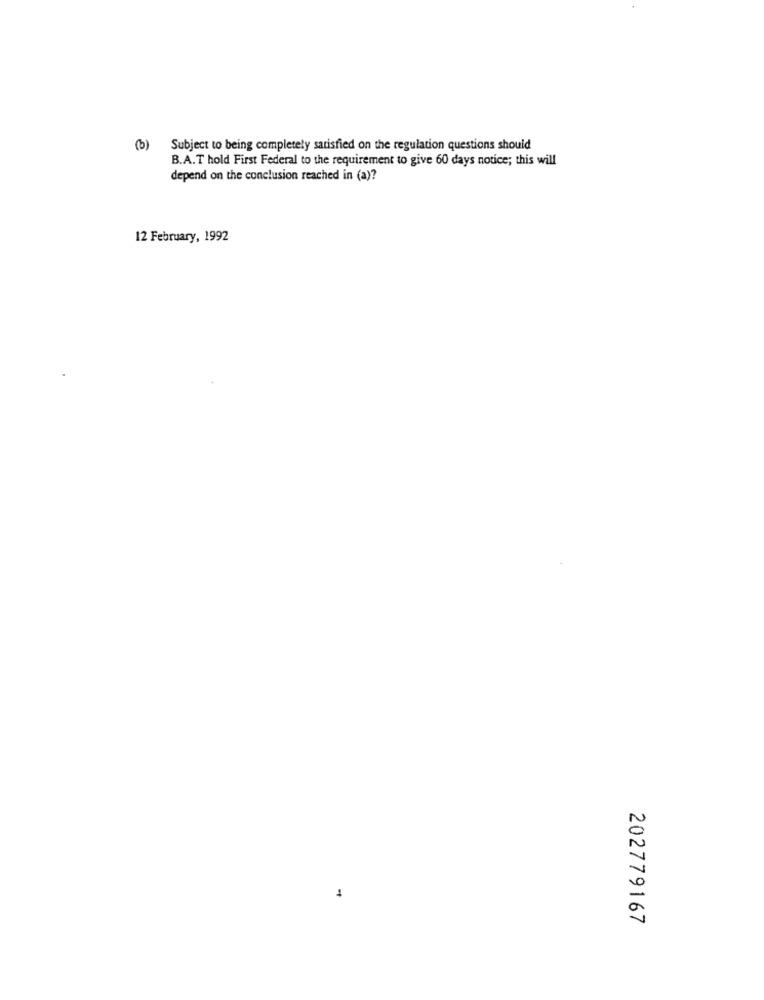
(b)
Subject to being completely satisfied on the regulation questions should
B.A.T hold First Federal to the requirement to give 60 days notice; this will
depend on the conclusion reached in (a)?
12 February, 1992
202779167